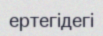
ертегідегі